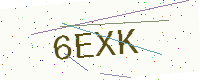
Text: 6EXK